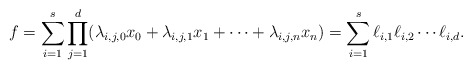
\begin{align*} f = \sum_{i=1}^s \prod_{j=1}^d (\lambda_{i,j,0} x_0 + \lambda_{i,j,1} x_1 + \cdots + \lambda_{i,j,n} x_n) = \sum_{i=1}^s \ell_{i,1} \ell_{i,2} \cdots \ell_{i,d}.\end{align*}